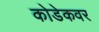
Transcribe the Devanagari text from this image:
कोडेकवर